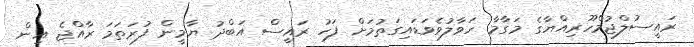
ރައީސުލްޖުމްހޫރިއްޔާގެ މަގާމާ ހަވާލުވެވަޑައިގަތުމަށް ފަހު ރައީސް އަބްދު ޔާމީން ފުރަތަމަ ރާއްޖެ އިން